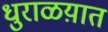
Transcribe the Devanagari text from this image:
धुराळय़ात